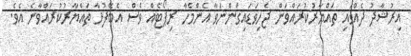
އިރުޝާދު ދެއްވައި ތައްޔާރުކުރައްވަން ޖެހިވަޑައިގަންނަވާ އެންމެހާ ރިޕޯޓެއް ވެސް އެބޭފުޅާ ތައްޔާރުކުރައްވާނެ އެވެ.